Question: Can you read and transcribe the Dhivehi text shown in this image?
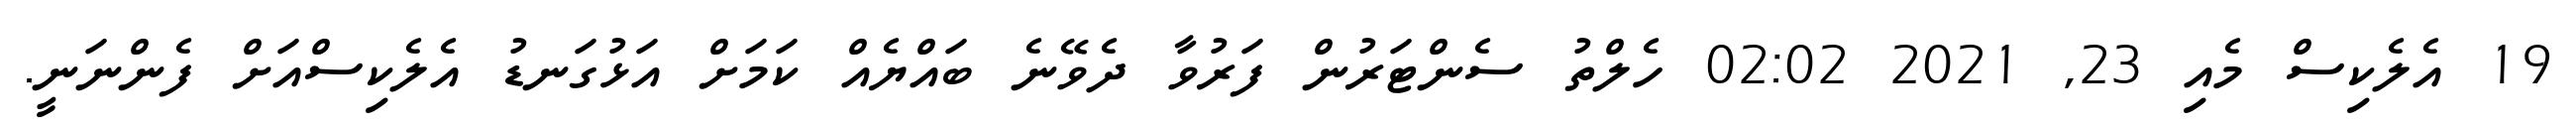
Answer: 19 އެލެކިސް މެއި 23, 2021 02:02 ހެލްތު ސެންޓަރުން ފަރުވާ ދެވޭނެ ބައްޔެއް ކަމަށް އަޅުގަނޑު އެލެކިސްއަށް ފެންނަނީ.